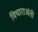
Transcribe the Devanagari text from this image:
विचाराअंती